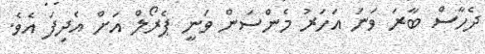
ދެހާސް ބާރަ ވަނަ އަހަރު މެންސަން ވަނީ ޕެރޯލް އަށް އެދިފަ އެވެ.